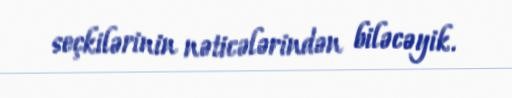
seçkilərinin nəticələrindən biləcəyik.